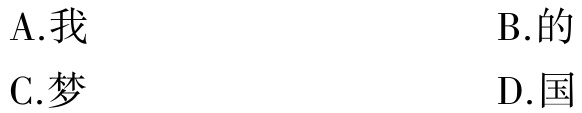
A.我

B.的

C.梦

D.国